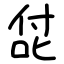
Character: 㖚